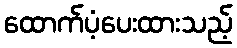
ထောက်ပံ့ပေးထားသည့်